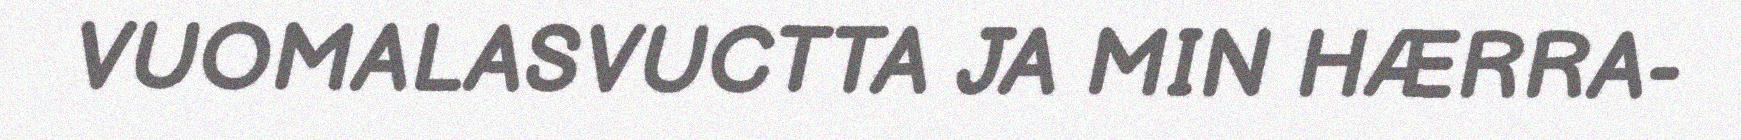
VUOMALASVUCTTA JA MIN HÆRRA-